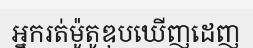
អ្នករត់ម៉ូតូឌុបឃើញដេញ